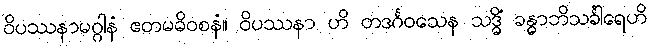
ဝိပဿနာမဂ္ဂါနံ ဧတမဓိဝစနံ။ ဝိပဿနာ ဟိ တဒင်္ဂဝသေန သဒ္ဓိံ ခန္ဓာဘိသင်္ခါရေဟိ